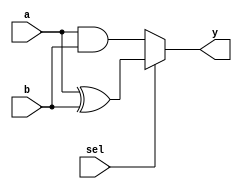
//2022-05-15  
//
`timescale 1ns/10ps 


module fn_sw(a,b,sel,y);


input  a,b,sel;
output y;

// assign y=sel?(a^b):(a&b);

reg y;
always@(a or b or sel ) begin 

   if (sel==1) begin 
       y<=a^b;
       end 
    else begin 
       y<= a&b;
       end 
    end

endmodule